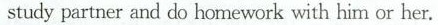
study partner and do homework with him or her.